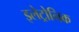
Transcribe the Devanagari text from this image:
इलेट्रोनिक